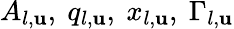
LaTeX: A_{l,\mathbf{u}},\ q_{l,\mathbf{u}},\ x_{l,\mathbf{u}},\ \Gamma_{l,\mathbf{u}}